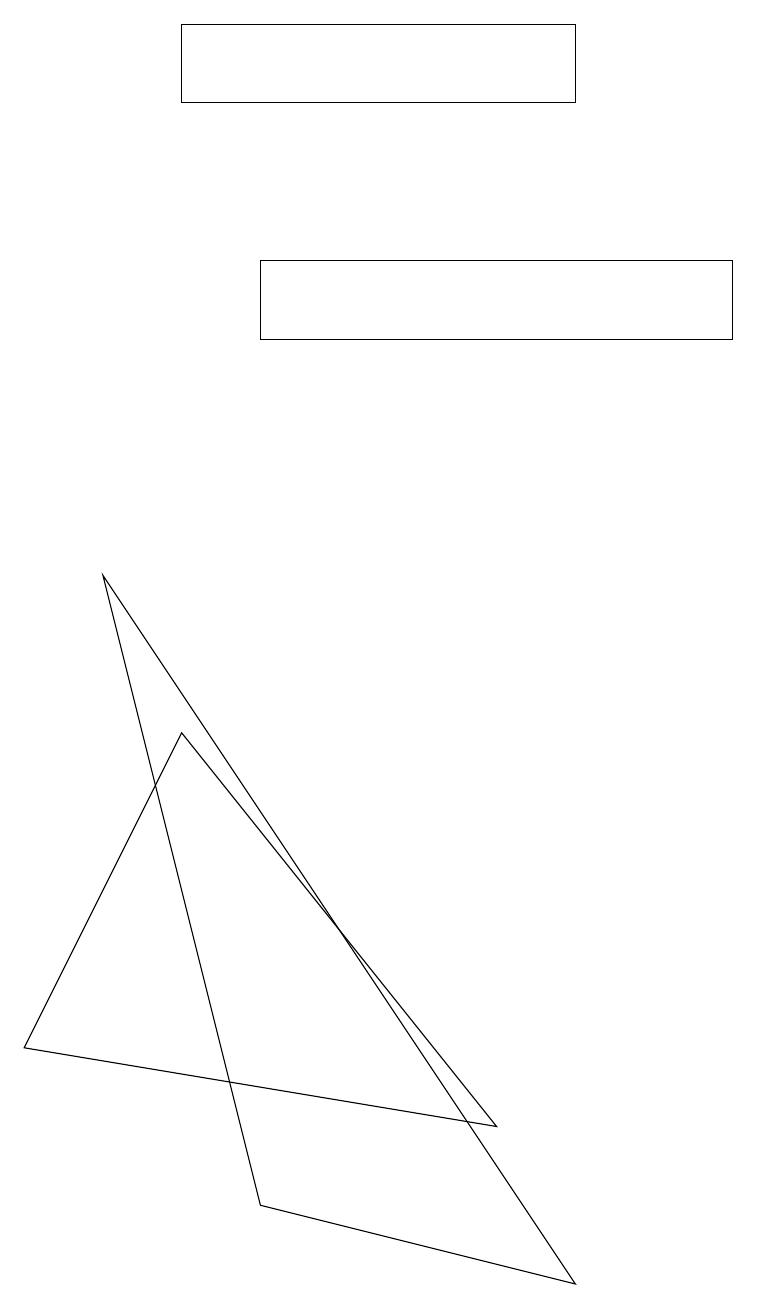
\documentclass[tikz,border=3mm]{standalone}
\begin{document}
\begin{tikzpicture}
\draw (7,15) rectangle (2,16);
\draw (6,2) -- (0,3) -- (2,7) -- cycle;
\draw (1,9) -- (7,0) -- (3,1) -- cycle;
\draw (3,13) rectangle (9,12);
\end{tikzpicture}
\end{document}